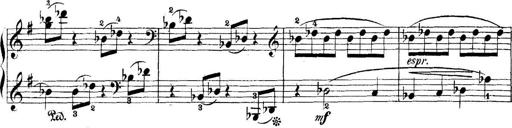
Title: 5 Sonatinas
Composer: Theodor Kirchner